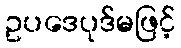
ဥပဒေပုဒ်မဖြင့်